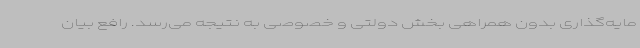
مایه‌گذاری بدون همراهی بخش دولتی و خصوصی به نتیجه می‌رسد. رافع بیان